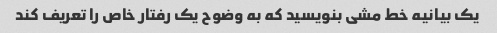
یک بیانیه خط مشی بنویسید که به وضوح یک رفتار خاص را تعریف کند